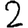
Digit: 2